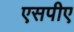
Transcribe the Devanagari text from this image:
एसपीए